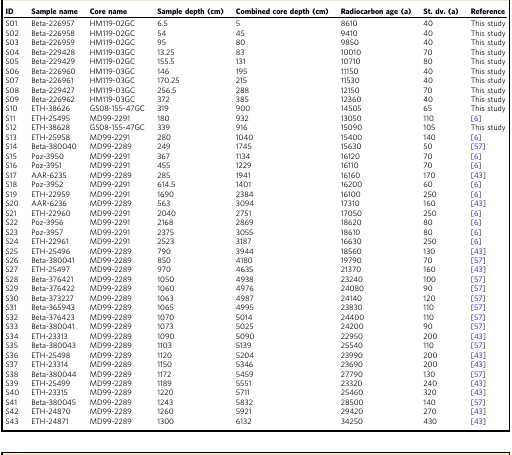
<table><thead><tr><td><b>ID</b></td><td><b>Sample name</b></td><td><b>Core name</b></td><td><b>Sample depth (cm)</b></td><td><b>Combined core depth (cm)</b></td><td><b>Radiocarbon age (a)</b></td><td><b>St. dv. (a)</b></td><td><b>Reference</b></td></tr></thead><tbody><tr><td>S01</td><td>Beta-226957</td><td>HM119-02GC</td><td>6.5</td><td>5</td><td>8610</td><td>40</td><td>This study</td></tr><tr><td>S02</td><td>Beta-226958</td><td>HM119-02GC</td><td>54</td><td>45</td><td>9410</td><td>40</td><td>This study</td></tr><tr><td>S03</td><td>Beta-226959</td><td>HM119-02GC</td><td>95</td><td>80</td><td>9850</td><td>40</td><td>This study</td></tr><tr><td>S04</td><td>Beta-229428</td><td>HM119-03GC</td><td>13.25</td><td>83</td><td>10010</td><td>70</td><td>This study</td></tr><tr><td>S05</td><td>Beta-229429</td><td>HM119-02GC</td><td>155.5</td><td>131</td><td>10710</td><td>80</td><td>This study</td></tr><tr><td>S06</td><td>Beta-226960</td><td>HM119-03GC</td><td>146</td><td>195</td><td>11150</td><td>40</td><td>This study</td></tr><tr><td>S07</td><td>Beta-226961</td><td>HM119-03GC</td><td>170.25</td><td>215</td><td>11530</td><td>40</td><td>This study</td></tr><tr><td>S08</td><td>Beta-229427</td><td>HM119-03GC</td><td>256.5</td><td>288</td><td>12150</td><td>70</td><td>This study</td></tr><tr><td>S09</td><td>Beta-226962</td><td>HM119-03GC</td><td>372</td><td>385</td><td>12360</td><td>40</td><td>This study</td></tr><tr><td>S10</td><td>ETH-38626</td><td>GS08-155-47GC</td><td>319</td><td>900</td><td>14505</td><td>65</td><td>This study</td></tr><tr><td>S11</td><td>ETH-25495</td><td>MD99-2291</td><td>180</td><td>932</td><td>13050</td><td>110</td><td>[6]</td></tr><tr><td>S12</td><td>ETH-38628</td><td>GS08-155-47GC</td><td>339</td><td>916</td><td>15090</td><td>105</td><td>This study</td></tr><tr><td>S13</td><td>ETH-25958</td><td>MD99-2291</td><td>280</td><td>1040</td><td>15400</td><td>140</td><td>[6]</td></tr><tr><td>S14</td><td>Beta-380040</td><td>MD99-2289</td><td>249</td><td>1745</td><td>15630</td><td>50</td><td>[57]</td></tr><tr><td>S15</td><td>Poz-3950</td><td>MD99-2291</td><td>367</td><td>1134</td><td>16120</td><td>70</td><td>[6]</td></tr><tr><td>S16</td><td>Poz-3951</td><td>MD99-2291</td><td>455</td><td>1229</td><td>16110</td><td>70</td><td>[6]</td></tr><tr><td>S17</td><td>AAR-6235</td><td>MD99-2289</td><td>285</td><td>1941</td><td>16160</td><td>170</td><td>[43]</td></tr><tr><td>S18</td><td>Poz-3952</td><td>MD99-2291</td><td>614.5</td><td>1401</td><td>16200</td><td>60</td><td>[6]</td></tr><tr><td>S19</td><td>ETH-22959</td><td>MD99-2291</td><td>1690</td><td>2384</td><td>16100</td><td>250</td><td>[6]</td></tr><tr><td>S20</td><td>AAR-6236</td><td>MD99-2289</td><td>563</td><td>3094</td><td>17310</td><td>160</td><td>[43]</td></tr><tr><td>S21</td><td>ETH-22960</td><td>MD99-2291</td><td>2040</td><td>2751</td><td>17050</td><td>250</td><td>[6]</td></tr><tr><td>S22</td><td>Poz-3956</td><td>MD99-2291</td><td>2168</td><td>2869</td><td>18620</td><td>80</td><td>[6]</td></tr><tr><td>S23</td><td>Poz-3957</td><td>MD99-2291</td><td>2375</td><td>3055</td><td>18610</td><td>80</td><td>[6]</td></tr><tr><td>S24</td><td>ETH-22961</td><td>MD99-2291</td><td>2523</td><td>3187</td><td>16630</td><td>250</td><td>[6]</td></tr><tr><td>S25</td><td>ETH-25496</td><td>MD99-2289</td><td>790</td><td>3944</td><td>18560</td><td>130</td><td>[43]</td></tr><tr><td>S26</td><td>Beta-380041</td><td>MD99-2289</td><td>850</td><td>4180</td><td>19790</td><td>70</td><td>[57]</td></tr><tr><td>S27</td><td>ETH-25497</td><td>MD99-2289</td><td>970</td><td>4635</td><td>21370</td><td>160</td><td>[43]</td></tr><tr><td>S28</td><td>Beta-376421</td><td>MD99-2289</td><td>1050</td><td>4938</td><td>23240</td><td>100</td><td>[57]</td></tr><tr><td>S29</td><td>Beta-376422</td><td>MD99-2289</td><td>1060</td><td>4976</td><td>24080</td><td>90</td><td>[57]</td></tr><tr><td>S30</td><td>Beta-373227</td><td>MD99-2289</td><td>1063</td><td>4987</td><td>24140</td><td>120</td><td>[57]</td></tr><tr><td>S31</td><td>Beta-365943</td><td>MD99-2289</td><td>1065</td><td>4995</td><td>23830</td><td>110</td><td>[57]</td></tr><tr><td>S32</td><td>Beta-376423</td><td>MD99-2289</td><td>1070</td><td>5014</td><td>24400</td><td>110</td><td>[57]</td></tr><tr><td>S33</td><td>Beta-380041</td><td>MD99-2289</td><td>1073</td><td>5025</td><td>24200</td><td>90</td><td>[57]</td></tr><tr><td>S34</td><td>ETH-23313</td><td>MD99-2289</td><td>1090</td><td>5090</td><td>22950</td><td>200</td><td>[43]</td></tr><tr><td>S35</td><td>Beta-380043</td><td>MD99-2289</td><td>1103</td><td>5139</td><td>25540</td><td>110</td><td>[57]</td></tr><tr><td>S36</td><td>ETH-25498</td><td>MD99-2289</td><td>1120</td><td>5204</td><td>23990</td><td>200</td><td>[43]</td></tr><tr><td>S37</td><td>ETH-23314</td><td>MD99-2289</td><td>1150</td><td>5346</td><td>23690</td><td>200</td><td>[43]</td></tr><tr><td>S38</td><td>Beta-380044</td><td>MD99-2289</td><td>1172</td><td>5459</td><td>27790</td><td>130</td><td>[57]</td></tr><tr><td>S39</td><td>ETH-25499</td><td>MD99-2289</td><td>1189</td><td>5551</td><td>23320</td><td>240</td><td>[43]</td></tr><tr><td>S40</td><td>ETH-23315</td><td>MD99-2289</td><td>1220</td><td>5711</td><td>25460</td><td>320</td><td>[43]</td></tr><tr><td>S41</td><td>Beta-380045</td><td>MD99-2289</td><td>1243</td><td>5832</td><td>28500</td><td>140</td><td>[57]</td></tr><tr><td>S42</td><td>ETH-24870</td><td>MD99-2289</td><td>1260</td><td>5921</td><td>29420</td><td>270</td><td>[43]</td></tr><tr><td>S43</td><td>ETH-24871</td><td>MD99-2289</td><td>1300</td><td>6132</td><td>34250</td><td>430</td><td>[43]</td></tr></tbody></table>